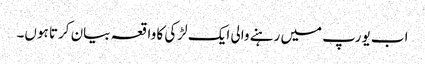
اب یورپ میں رہنے والی ایک لڑکی کا واقعہ بیان کرتا ہوں۔